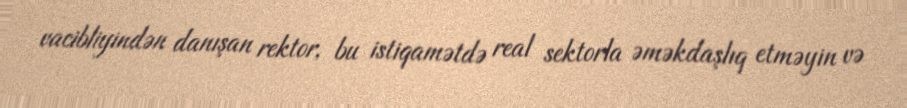
vacibliyindən danışan rektor, bu istiqamətdə real sektorla əməkdaşlıq etməyin və